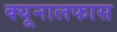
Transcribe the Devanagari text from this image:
क्यूनालफास